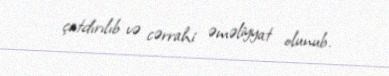
çatdırılıb və cərrahi əməliyyat olunub.